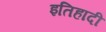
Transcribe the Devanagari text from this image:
इतिहादी